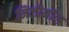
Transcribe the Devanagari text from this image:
मिलीमॉल